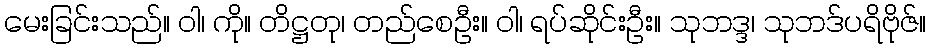
မေးခြင်းသည်။ ဝါ၊ ကို။ တိဋ္ဌတု၊ တည်စေဦး။ ဝါ၊ ရပ်ဆိုင်းဦး။ သုဘဒ္ဒ၊ သုဘဒ်ပရိဗိုဇ်။